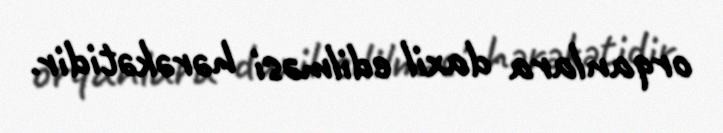
orqanlara daxil edilməsi hərəkətidir.